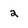
Character: 2